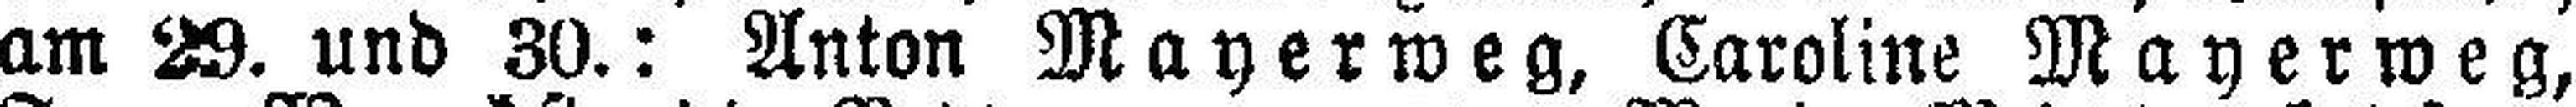
am 29. und 30.: Anton Mayerweg, Caroline Mayerweg,